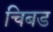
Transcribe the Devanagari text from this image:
चिबड